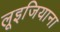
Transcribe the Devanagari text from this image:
लूइजियाना